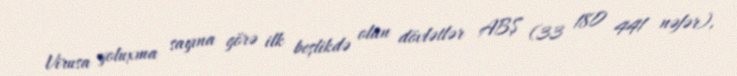
Virusa yoluxma sayına görə ilk beşlikdə olan dövlətlər ABŞ (33 180 441 nəfər),